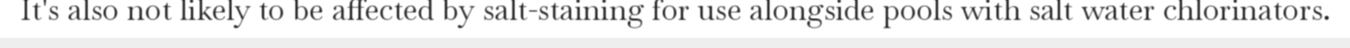
It's also not likely to be affected by salt-staining for use alongside pools with salt water chlorinators.